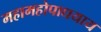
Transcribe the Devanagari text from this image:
महामहोपाधयाय